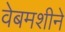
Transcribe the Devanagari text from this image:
वेबमशीने